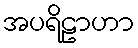
အပရိဠာဟာ